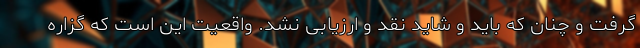
گرفت و چنان که باید و شاید نقد و ارزیابی نشد. واقعیت این است که گزاره